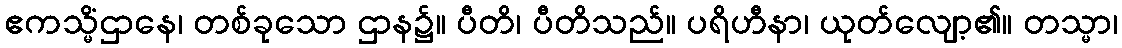
ဧကသ္မိံဌာနေ၊ တစ်ခုသော ဌာန၌။ ပီတိ၊ ပီတိသည်။ ပရိဟီနာ၊ ယုတ်လျော့၏။ တသ္မာ၊